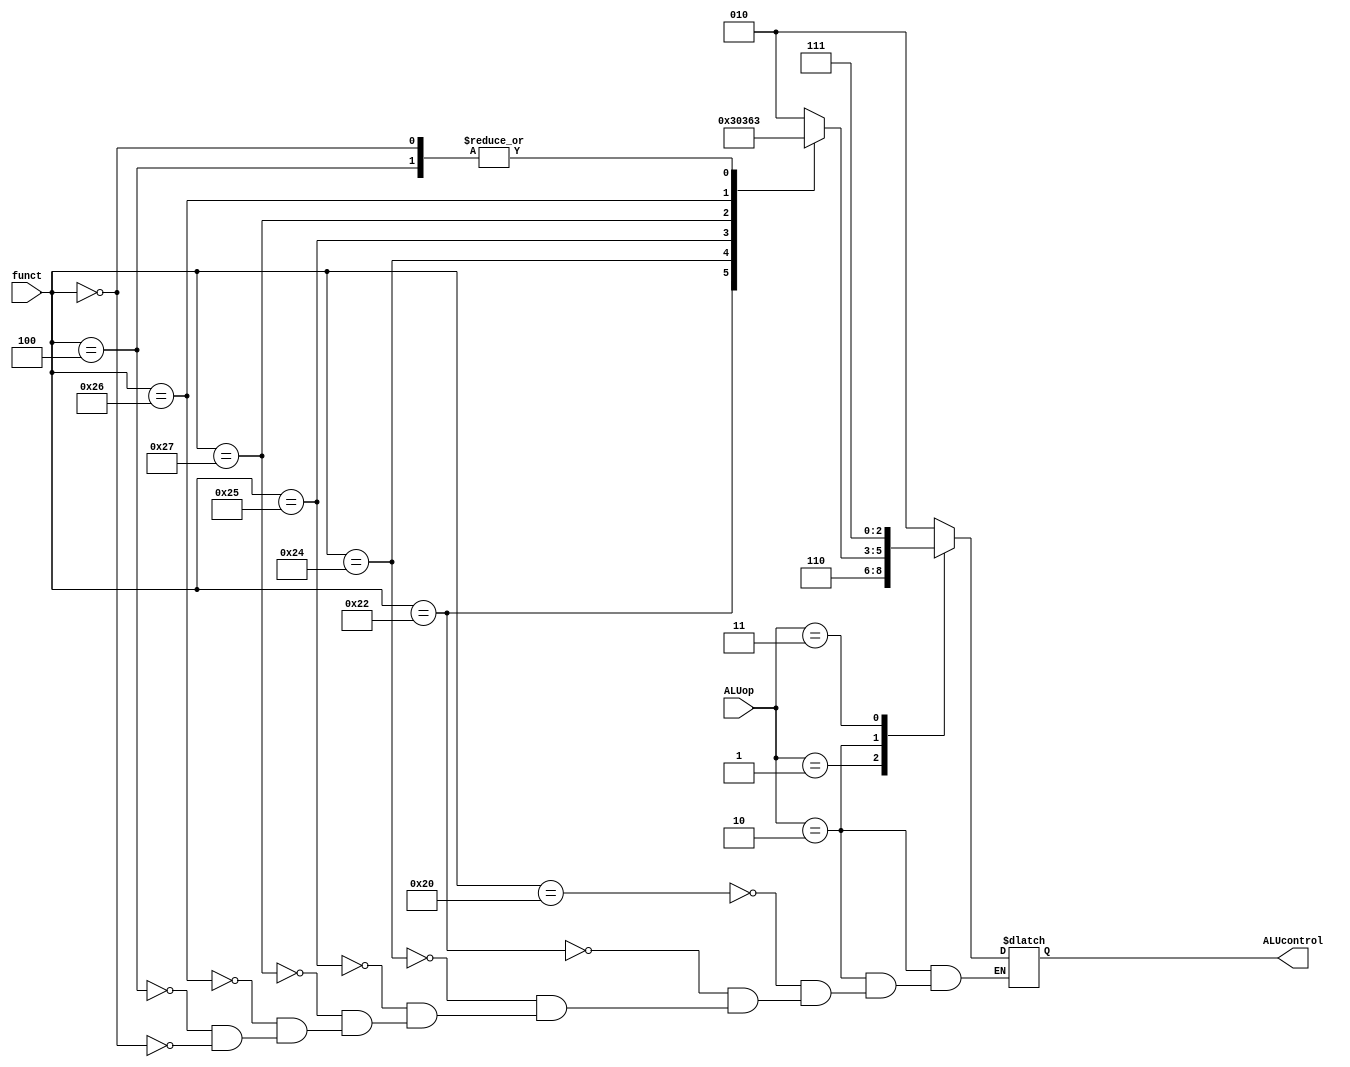
module ALU_decoder(
input [1:0]ALUop ,
input [5:0]funct ,
output reg [2:0]ALUcontrol
);

always@(*)
  begin
    case(ALUop)
      2'b00 : ALUcontrol = 3'b010 ;
      2'b01 : ALUcontrol = 3'b110 ;
      2'b10 : begin
                case(funct)
                  6'b100000 : ALUcontrol = 3'b010 ;     //  add
                  6'b100010 : ALUcontrol = 3'b110 ;     //  sub
                  6'b100100 : ALUcontrol = 3'b000 ;     //  and
                  6'b100101 : ALUcontrol = 3'b001 ;     //  or
                  6'b100111 : ALUcontrol = 3'b101 ;     //  nor
                  6'b100110 : ALUcontrol = 3'b100 ;     //  xor
                  6'b000100 : ALUcontrol = 3'b011 ;     // shift left  sllv
                  6'b000000 : ALUcontrol = 3'b011 ;     // shift left  sll
                endcase
              end
      2'b11 : ALUcontrol = 3'b111 ;
    endcase
  end

endmodule